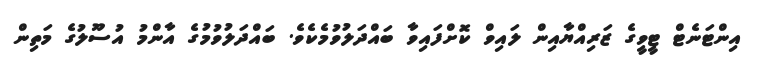
އިންޓަނެޓް ޓީވީގެ ޒަރިއްޔާއިން ލައިވް ކޮށްފައިވާ ބައްދަލުވުމެކެވެ. ބައްދަލުވުމުގެ އާންމު އުސޫލުގެ މަތިން